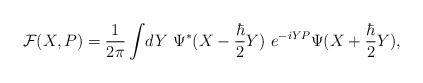
LaTeX: \begin{align*}{\cal F}(X,P)={1\over 2\pi} \int\! dY ~\Psi^* (X-{\hbar\over2} Y )~e^{-iYP} \Psi(X+{\hbar\over2} Y),\end{align*}